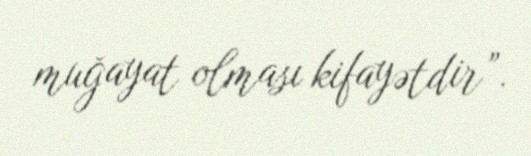
muğayat olması kifayətdir”.